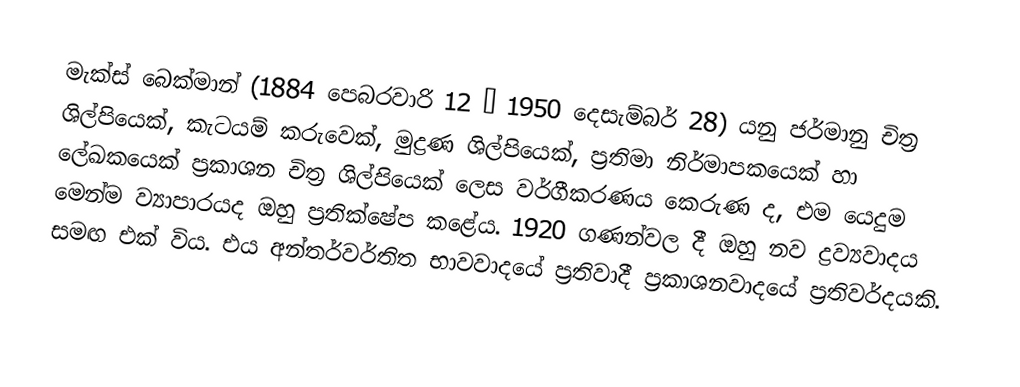
මැක්ස් බෙක්මාන් (1884 පෙබරවාරි 12 – 1950 දෙසැම්බර් 28) යනු ජර්මානු චිත්‍ර ශිල්පියෙක්, කැටයම් කරුවෙක්, මුද්‍රණ ශිල්පියෙක්, ප්‍රතිමා නිර්මාපකයෙක් හා ලේඛකයෙක් ප්‍රකාශන චිත්‍ර ශිල්පියෙක් ලෙස වර්ගීකරණය කෙ‍රුණ ද, එම යෙදුම මෙන්ම ව්‍යාපාරයද ඔහු ප්‍රතික්ෂේප කළේය. 1920 ගණන්වල දී ඔහු නව ද්‍රව්‍යවාදය සමඟ එක් විය. එය අන්තර්වර්තිත භාවවාදයේ ප්‍රතිවාදී ප්‍රකාශනවාදයේ ප්‍රතිවර්දයකි.